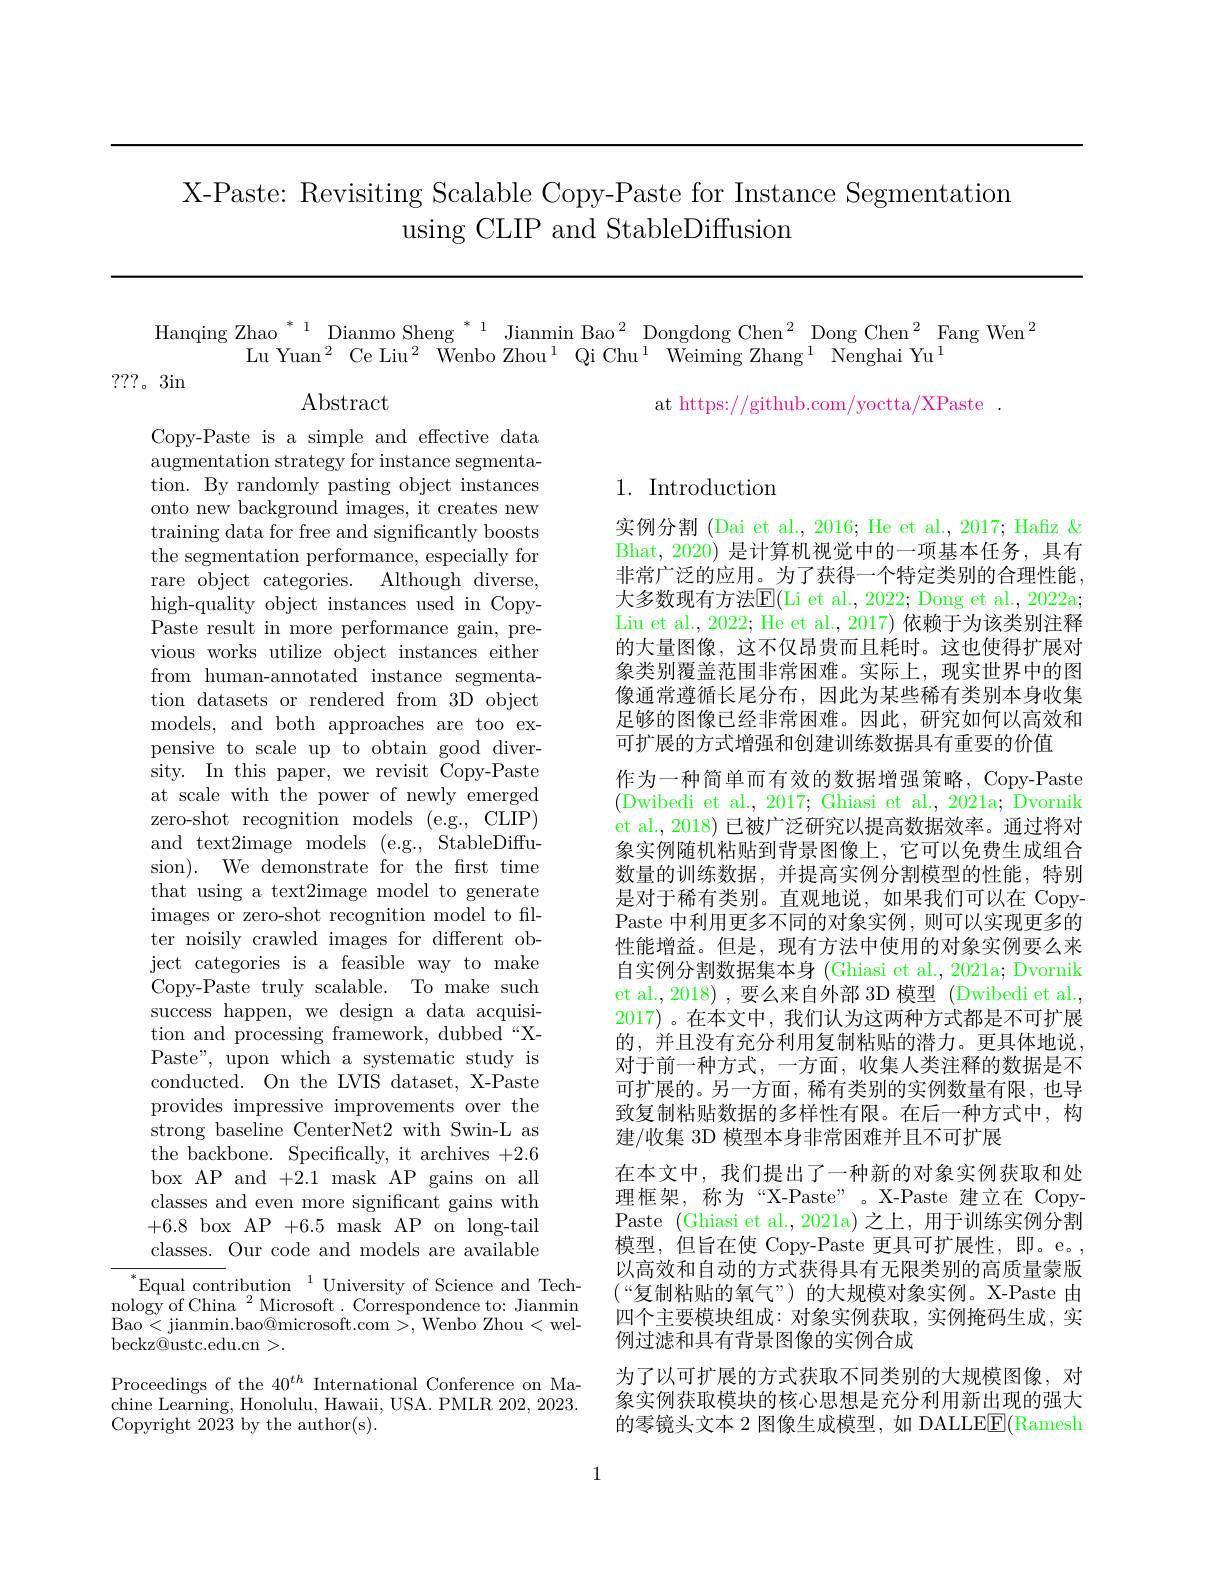
# X-Paste: Revisiting Scalable Copy-Paste for Instance Segmentation using CLIP and StableDiffusion

Hanqing Zhao$^{*1}$Dianmo Sheng$^{*1}$Jianmin Bao$^{2}$Dongdong Chen$^{2}$Dong Chen$^{2}$Fang Wen$^{2}$
Lu Yuan$^2$Ce Liu$^2\text{WenboZhou}^1$Qi Chu$^1\text{WeimingZhang}^1$Nenghai Yu$^1$
$\operatorname{Abstract}$
$$\text{at https://github.com/yoctta/XPaste}.$$
???。3in

## 1. Introduction

Copy-Paste is a simple and effective data augmentation strategy for instance segmentation. By randomly pasting object instances onto new background images, it creates new training data for free and significantly boosts the segmentation performance, especially for rare object categories. Although diverse, high-quality object instances used in CopyPaste result in more performance gain, previous works utilize object instances either from human-annotated instance segmentation datasets or rendered from 3D object models, and both approaches are too expensive to scale up to obtain good diversity. In this paper, we revisit Copy-Paste at scale with the power of newly emerged zero-shot recognition models (e.g., CLIP) and text2image models (e.g., StableDiffusion). We demonstrate for the frst time that using a text2image model to generate images or zero-shot recognition model to filter noisily crawled images for different object categories is a feasible way to make Copy-Paste truly scalable. To make such success happen, we design a data acquisition and processing framework, dubbed“XPaste", upon which a systematic study is conducted. On the LVIS dataset, X-Paste provides impressive improvements over the strong baseline CenterNet2 with Swin-L as the backbone. Specifically, it archives +2.6 box AP and +2.1 mask AP gains on all classes and even more significant gains with +6.8box AP+6.5mask APonlong-tail classes. Our code and models are available $^*$Equal contribution$^1$University of Science and Tech-

实例分割 (Dai et al., 2016; He et al., 2017; Hafız & Bhat, 2020) 是计算机视觉中的一项基本任务，具有非常广泛的应用。为了获得一个特定类别的合理性能， 大多数现有方法$\mathbb{E}($Li et al., 2022; Dong et al., 2022a; Liu et al., 2022; He et al., 2017) 依赖于为该类别注释的大量图像，这不仅昂贵而且耗时。这也使得扩展对象类别覆盖范围非常困难。实际上，现实世界中的图像通常遵循长尾分布，因此为某些稀有类别本身收集足够的图像已经非常困难。因此，研究如何以高效和可扩展的方式增强和创建训练数据具有重要的价值
作为一种简单而有效的数据增强策略，Copy-Paste (Dwibedi et al., 2017; Ghiasi et al., 202la; Dvornik et al., 2018) 已被广泛研究以提高数据效率。通过将对象实例随机粘贴到背景图像上，它可以免费生成组合数量的训练数据，并提高实例分割模型的性能，特别是对于稀有类别。直观地说，如果我们可以在 CopyPaste 中利用更多不同的对象实例，则可以实现更多的性能增益。但是，现有方法中使用的对象实例要么来自实例分割数据集本身 (Ghiasi et al., 2021a; Dvornik et al., 2018) , 要么来自外部 3D 模型 (Dwibedi et al. 2017) 。在本文中，我们认为这两种方式都是不可扩展的，并且没有充分利用复制粘贴的潜力。更具体地说， 对于前一种方式，一方面，收集人类注释的数据是不可扩展的。另一方面，稀有类别的实例数量有限，也导致复制粘贴数据的多样性有限。在后一种方式中，构建/收集 3D 模型本身非常困难并且不可扩展
在本文中，我们提出了一种新的对象实例获取和处理框架，称为“X-Paste”。X-Paste 建立在 CopyPaste (Ghiasi et al.,2021a)之上，用于训练实例分割模型，但旨在使 Copy-Paste 更具可扩展性，即。e。, 以高效和自动的方式获得具有无限类别的高质量蒙版$(“$复制粘贴的氧气”)的大规模对象实例。X-Paste由四个主要模块组成：对象实例获取，实例掩码生成，实例过滤和具有背景图像的实例合成
为了以可扩展的方式获取不同类别的大规模图像，对象实例获取模块的核心思想是充分利用新出现的强大的零镜头文本 2 图像生成模型，如 DALLEE(Ramesh

nology of China $^2$ Microsoft. Correspondence to: Jianmin Bao< jianmin. bao@ microsoft. com> , Wenbo Zhou< wel- beckz@ustc.edu.cn >.

Proceedings of the $40^{th}$ International Conference on Machine Learning, Honolulu, Hawaii, USA. PMLR 202, 2023. Copyright 2023 by the author(s).

1